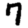
Digit: 7